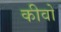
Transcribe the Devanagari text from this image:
कीवो